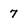
Character: 7